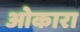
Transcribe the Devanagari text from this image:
ओकारा